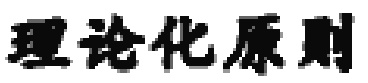
理论化原则